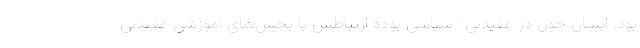
بود. ایشان چون در عقیدتی- سیاسی بوده ارتباطش با بخش‌های آموزشی عقیدتی